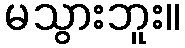
မသွားဘူး။